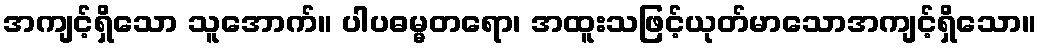
အကျင့်ရှိသော သူအောက်။ ပါပဓမ္မတရော၊ အထူးသဖြင့်ယုတ်မာသောအကျင့်ရှိသော။